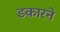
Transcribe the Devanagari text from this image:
डकारने